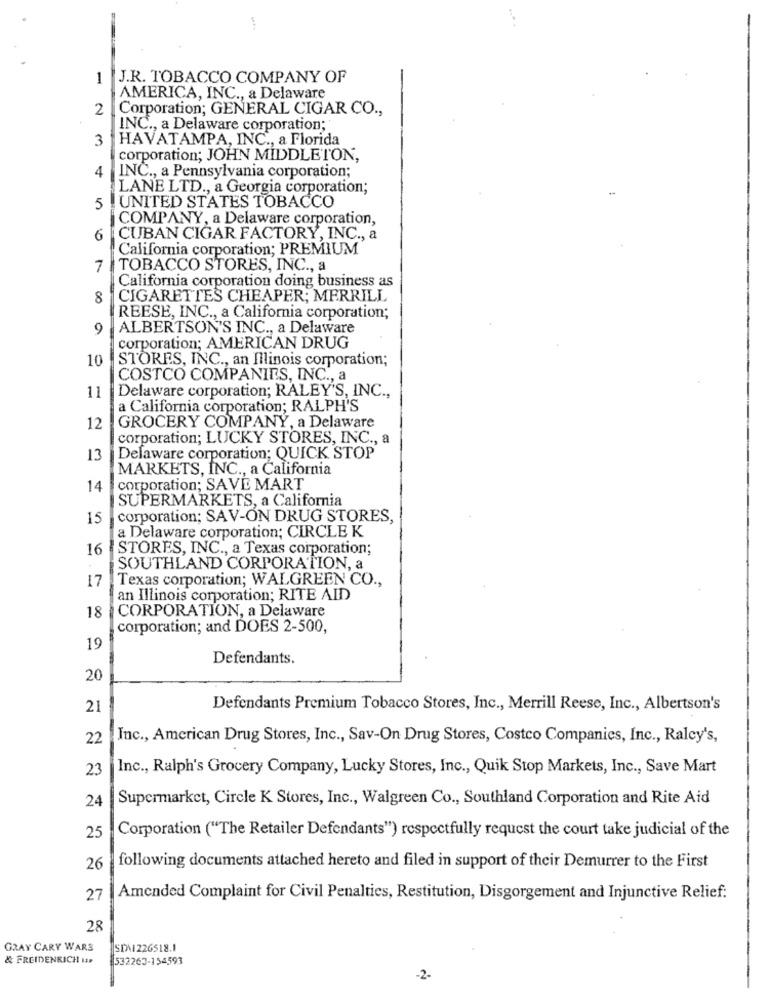
1
J.R. TOBACCO COMPANY OF
AMERICA, INC ., a Delaware
2
Corporation; GENERAL CIGAR CO .,
INC ., a Delaware corporation;
3
HAVATAMPA, INC ., a Florida
corporation; JOHN MIDDLETON,
4
INC ., a Pennsylvania corporation;
LANE LTD ., a Georgia corporation;
5
UNITED STATES TOBACCO
COMPANY, a Delaware corporation,
6
CUBAN CIGAR FACTORY, INC ., a
California corporation; PREMIUM
7
TOBACCO STORES, INC ., a
California corporation doing business as
8
CIGARETTES CHEAPER; MERRILL
REESE, INC ., a California corporation;
9
ALBERTSON'S INC ., a Delaware
corporation; AMERICAN DRUG
10
STORES, INC ., an Illinois corporation;
COSTCO COMPANIES, INC ., a
Delaware corporation; RALEY'S, INC .,
11
a California corporation; RALPH'S
12
GROCERY COMPANY, a Delaware
corporation; LUCKY STORES, INC ., a
13
Delaware corporation; QUICK STOP
MARKETS, INC ., a California
14
corporation; SAVE MART
SUPERMARKETS, a California
15
corporation; SAV-ON DRUG STORES,
a Delaware corporation; CIRCLE K
16
STORES, INC ., a Texas corporation;
SOUTHLAND CORPORATION, a
17
Texas corporation; WALGREEN CO .,
an Illinois corporation; RITE AID
18
CORPORATION, a Delaware
corporation; and DOES 2-500,
19
Defendants.
20
21
Defendants Premium Tobacco Stores, Inc ., Merrill Reese, Inc ., Albertson's
22
Inc ., American Drug Stores, Inc ., Sav-On Drug Stores, Costco Companies, Inc ., Raley's,
23
Inc ., Ralph's Grocery Company, Lucky Stores, Inc ., Quik Stop Markets, Inc ., Save Mart
Supermarket, Circle K Stores, Inc ., Walgreen Co ., Southland Corporation and Rite Aid
24
Corporation ("The Retailer Defendants") respectfully request the court take judicial of the
25
following documents attached hereto and filed in support of their Demurrer to the First
26
27
Amended Complaint for Civil Penalties, Restitution, Disgorgement and Injunctive Relief:
28
GRAY CARY WARS
SD\1226518.1
& FREIDENRICH HP
532263-154593
-2-